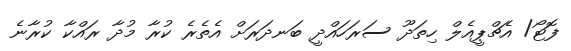
ފޮޓޯ/ އެޗްޕީއެލް ހިތަދޫ ސަރަހައްދީ ބަނދަރަށް އެތެރެ ކުރާ މުދާ ރައްކާ ކުރާނެ